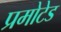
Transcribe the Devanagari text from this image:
प्रमोटेड